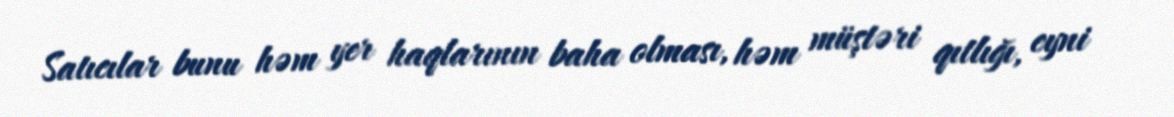
Satıcılar bunu həm yer haqlarının baha olması, həm müştəri qıtlığı, eyni